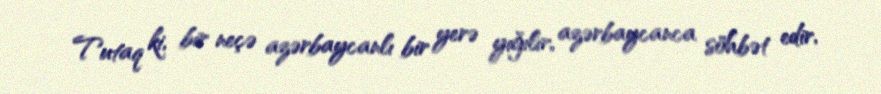
Tutaq ki, bir neçə azərbaycanlı bir yerə yığılır, azərbaycanca söhbət edir,